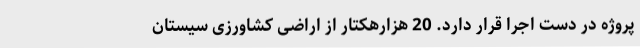
پروژه در دست اجرا قرار دارد. 20 هزارهکتار از اراضی کشاورزی سیستان